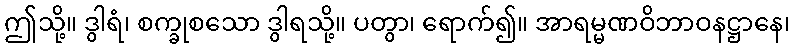
ဤသို့။ ဒွါရံ၊ စက္ခုစသော ဒွါရသို့။ ပတွာ၊ ရောက်၍။ အာရမ္မဏဝိဘာဝနဋ္ဌာနေ၊